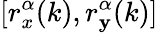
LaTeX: [r_{x}^{\alpha}(k),r_{\mathbf{y}}^{\alpha}(k)]